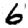
Digit: 6